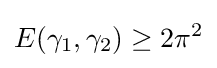
E(\gamma _{1},\gamma _{2})\geq 2\pi ^{2}